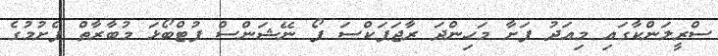
ސްރީލަންކާގައި މިއަދު ފަށާ މަހިންދަ ރާޖަޕަކްސަ ފޯ ނޭޝަންސް ފުޓްބޯޅަ މުބާރާތް ފެށުމުގެ